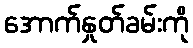
အောက်နှုတ်ခမ်းကို